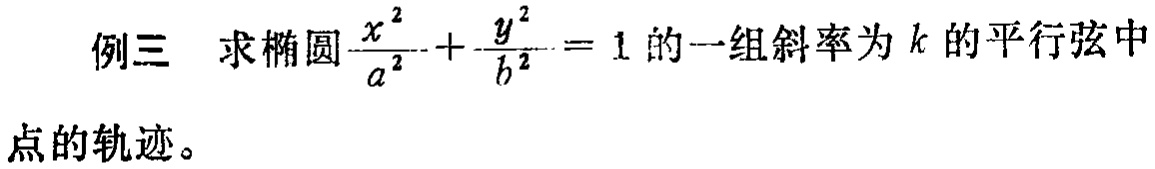
例三 求椭圆$\frac{x^{2}}{a^{2}}+\frac{y^{2}}{b^{2}} = 1$的一组斜率为$k$的平行弦中点的轨迹。